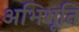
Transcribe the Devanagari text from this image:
अभिभूति